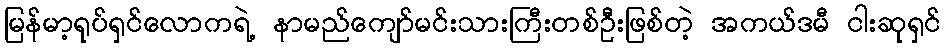
မြန်မာ့ရုပ်ရှင်လောကရဲ့ နာမည်ကျော်မင်းသားကြီးတစ်ဦးဖြစ်တဲ့ အကယ်ဒမီ ငါးဆုရှင်